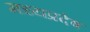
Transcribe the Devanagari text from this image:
मध्यप्रदेष